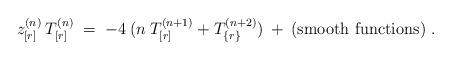
LaTeX: \begin{align*}z^{(n)}_{[r]} \:T^{(n)}_{[r]} \;=\; -4\:(n\:T^{(n+1)}_{[r]} +T^{(n+2)}_{\{r\}}) \:+\: {\mbox{(smooth functions)}} \;. \end{align*}